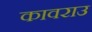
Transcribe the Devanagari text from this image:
कावराउ